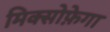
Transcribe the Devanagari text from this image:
मिक्सोफ़ेगा